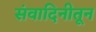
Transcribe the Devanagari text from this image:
संवादिनीतून